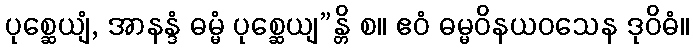
ပုစ္ဆေယျံ, အာနန္ဒံ ဓမ္မံ ပုစ္ဆေယျ”န္တိ စ။ ဧဝံ ဓမ္မဝိနယဝသေန ဒုဝိဓံ။